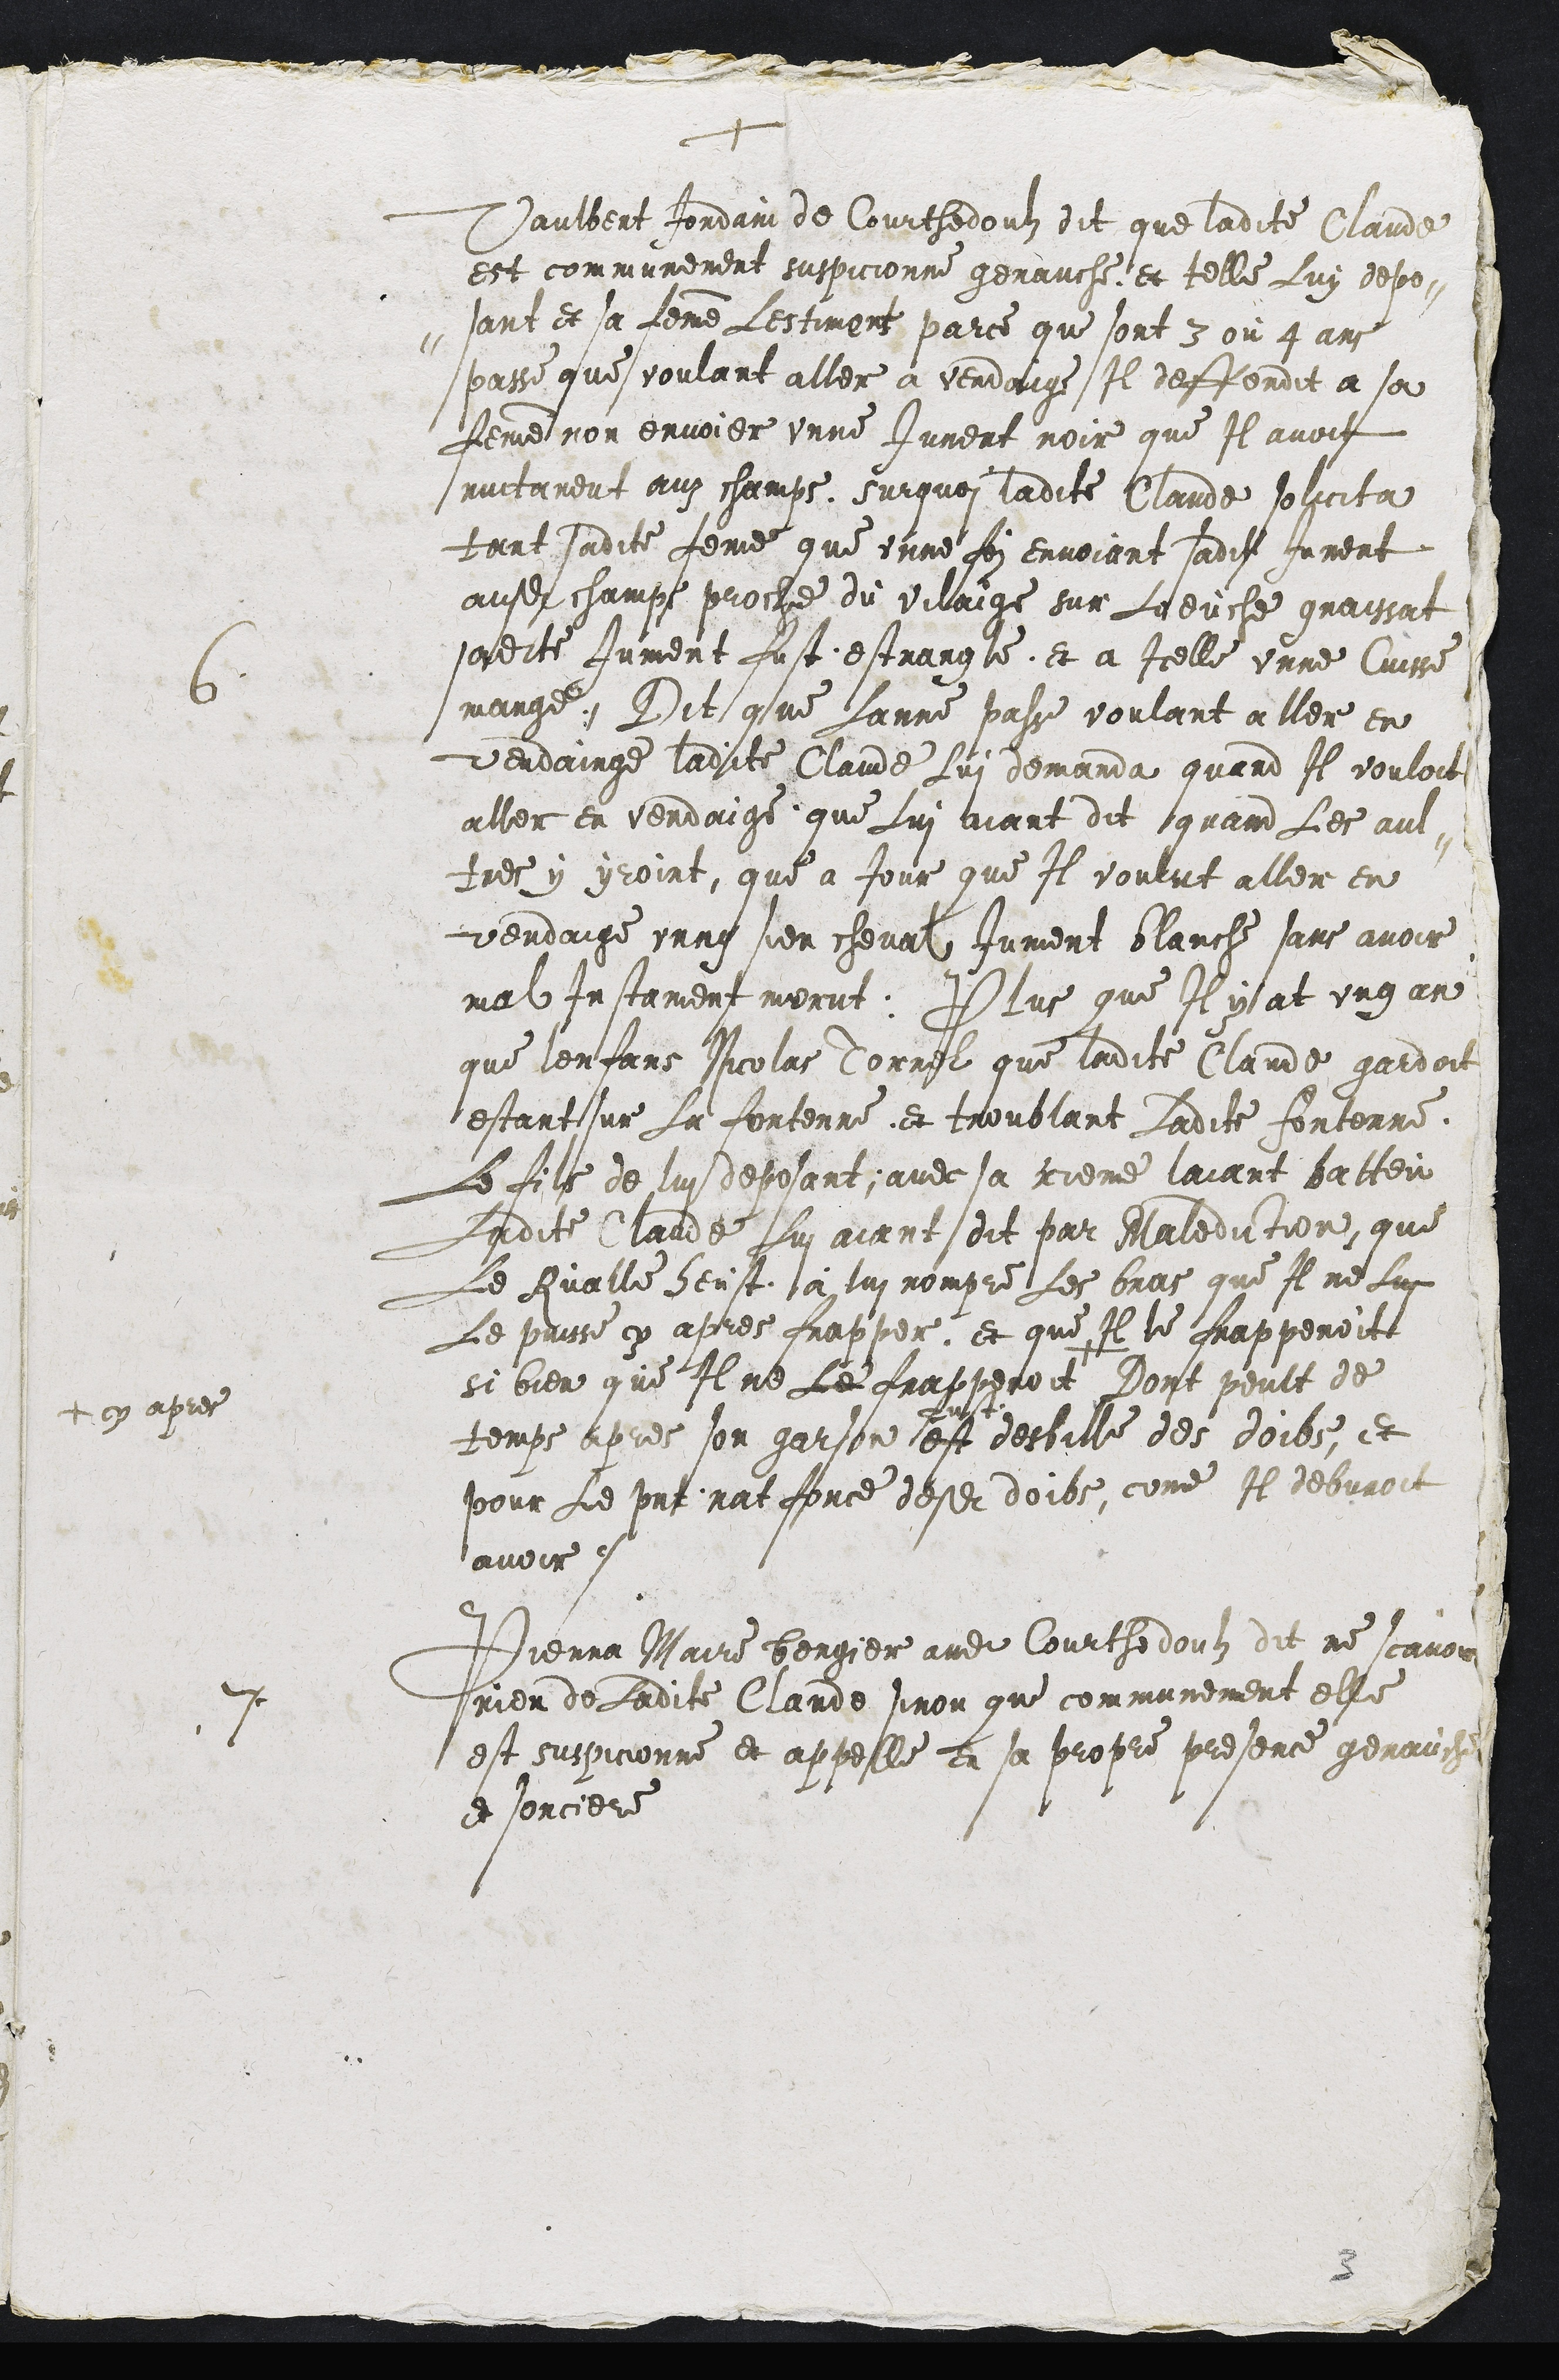
+
ie ei a
est communement suspicionne genauche et telle Luy depos-
sant et sa feme Lestiment parce que sont 3 ou 4 ans
passe que voulant aller a vendoige Il deffondit a so
femme non envoier unne Jument noir que Il avoit
nuitament auz champs, Surquoi ladite Claude solicita
tant sadite feme que unne foi envoiant sadite Jument
ausdit champs proche du vilaige sur Laeuche graissat
sadite Jument fust estrangte et a Icelle unne Cuisse
mange, Dit que Lanne passe voulant aller en
vendainge ladite Claude Lui demanda quand Il vouloit
aller en vendaige que Lui viant dit quand Les aul-
tres y yroint, que a Jour que Il voulut aller en
vendaige unng sien cheval Jument blanche sans avoir
mal Instament morut, Plus que Aysat ung an
que lenfans Nicolas Tormit que ladite Claude gardoit
estant sur la fortenne et troublant Ladite fortonne.
Le file de lui deposant, avec sa creme laiant batteu
Ladite Claude Lui aiant dit par malediction, que
Le Aualle heust à lui nompre Les bras que Il ne lui
Le prise cy apres frapper, et que Il le frappenoit
si bien que Il ne Le frappereit +
+ oy apres
dont peult de
temps apres son garson est
puss
desbille des doibs, et
pour le posent nat force desdits doibs, come Il debvroit
avoir
7 Pienra Mare Borger audit Courthedoubz dit ne caver
Prier de Ladite Claude sinon que communement elle
est suspicionne et appelle en sa propre presence genaushe
e sorciere

3